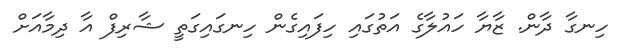
ހިނގާ ދާން. ޒާޔާ ހައުލާގެ އަތުގައި ހިފައިގެން ހިނގައިގަތީ ޝާރިފް އާ ދިމާއަށް